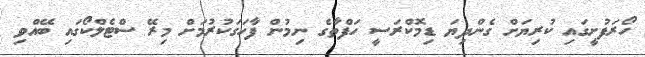
ހޯރަފުށީގައި ކުރިޔަށް ގެންދިޔަ ޑިމޮކްރަސީ ހަފްތާގެ ނިމުން ފާހަގަކުރުމަށް މިރޭ ސްޓެލްކޯގައި ބޭއްވި